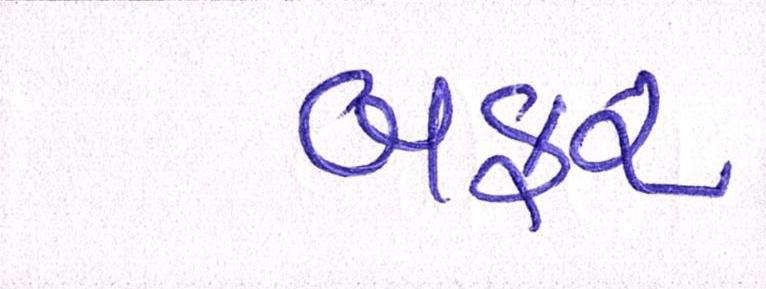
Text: બફર